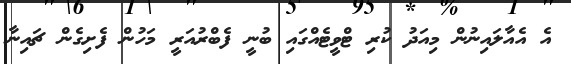
އެ އެއާލައިނުން މިއަދު ކުރި ޓްވީޓެއްގައި ބުނީ ފެބްރުއަރީ މަހުން ފެށިގެން ޗައިނާ